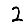
Digit: 2